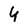
Character: 4